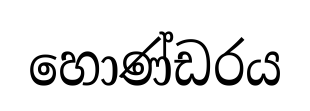
හොණ්ඩරය